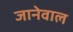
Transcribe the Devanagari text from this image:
जानेवाल